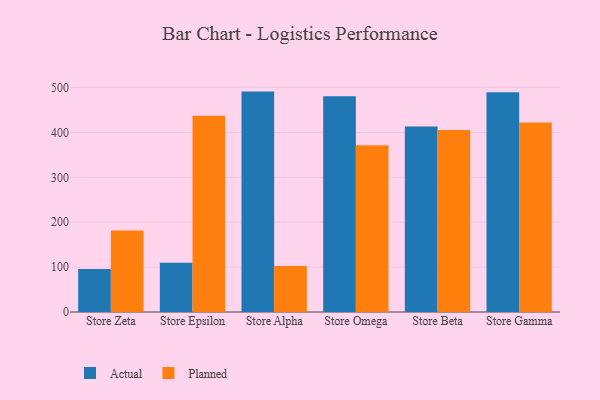
{"axis": {"x": "Store", "y": "Bounce Rate (%)"}, "legend": ["Actual", "Planned"], "data": [{"x": "Store Zeta", "y": 95.9, "type": "Actual"}, {"x": "Store Zeta", "y": 181.8, "type": "Planned"}, {"x": "Store Epsilon", "y": 109.8, "type": "Actual"}, {"x": "Store Epsilon", "y": 437.3, "type": "Planned"}, {"x": "Store Alpha", "y": 490.9, "type": "Actual"}, {"x": "Store Alpha", "y": 102.6, "type": "Planned"}, {"x": "Store Omega", "y": 480.6, "type": "Actual"}, {"x": "Store Omega", "y": 371.6, "type": "Planned"}, {"x": "Store Beta", "y": 413.1, "type": "Actual"}, {"x": "Store Beta", "y": 405.2, "type": "Planned"}, {"x": "Store Gamma", "y": 489.3, "type": "Actual"}, {"x": "Store Gamma", "y": 422.3, "type": "Planned"}]}